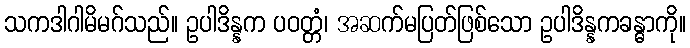
သကဒါဂါမိမဂ်သည်။ ဥပါဒိန္နက ပဝတ္တံ၊ အဆက်မပြတ်ဖြစ်သော ဥပါဒိန္နကခန္ဓာကို။